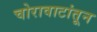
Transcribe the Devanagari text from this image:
चोरावाटांतून